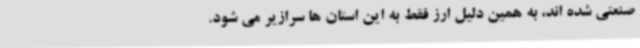
صنعتی شده اند، به همین دلیل ارز فقط به این استان ها سرازیر می شود.